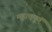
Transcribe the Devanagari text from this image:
महत्वपूणॅ